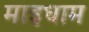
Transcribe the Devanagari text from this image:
माइधाम